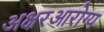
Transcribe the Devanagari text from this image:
अक्षरआरोग्य